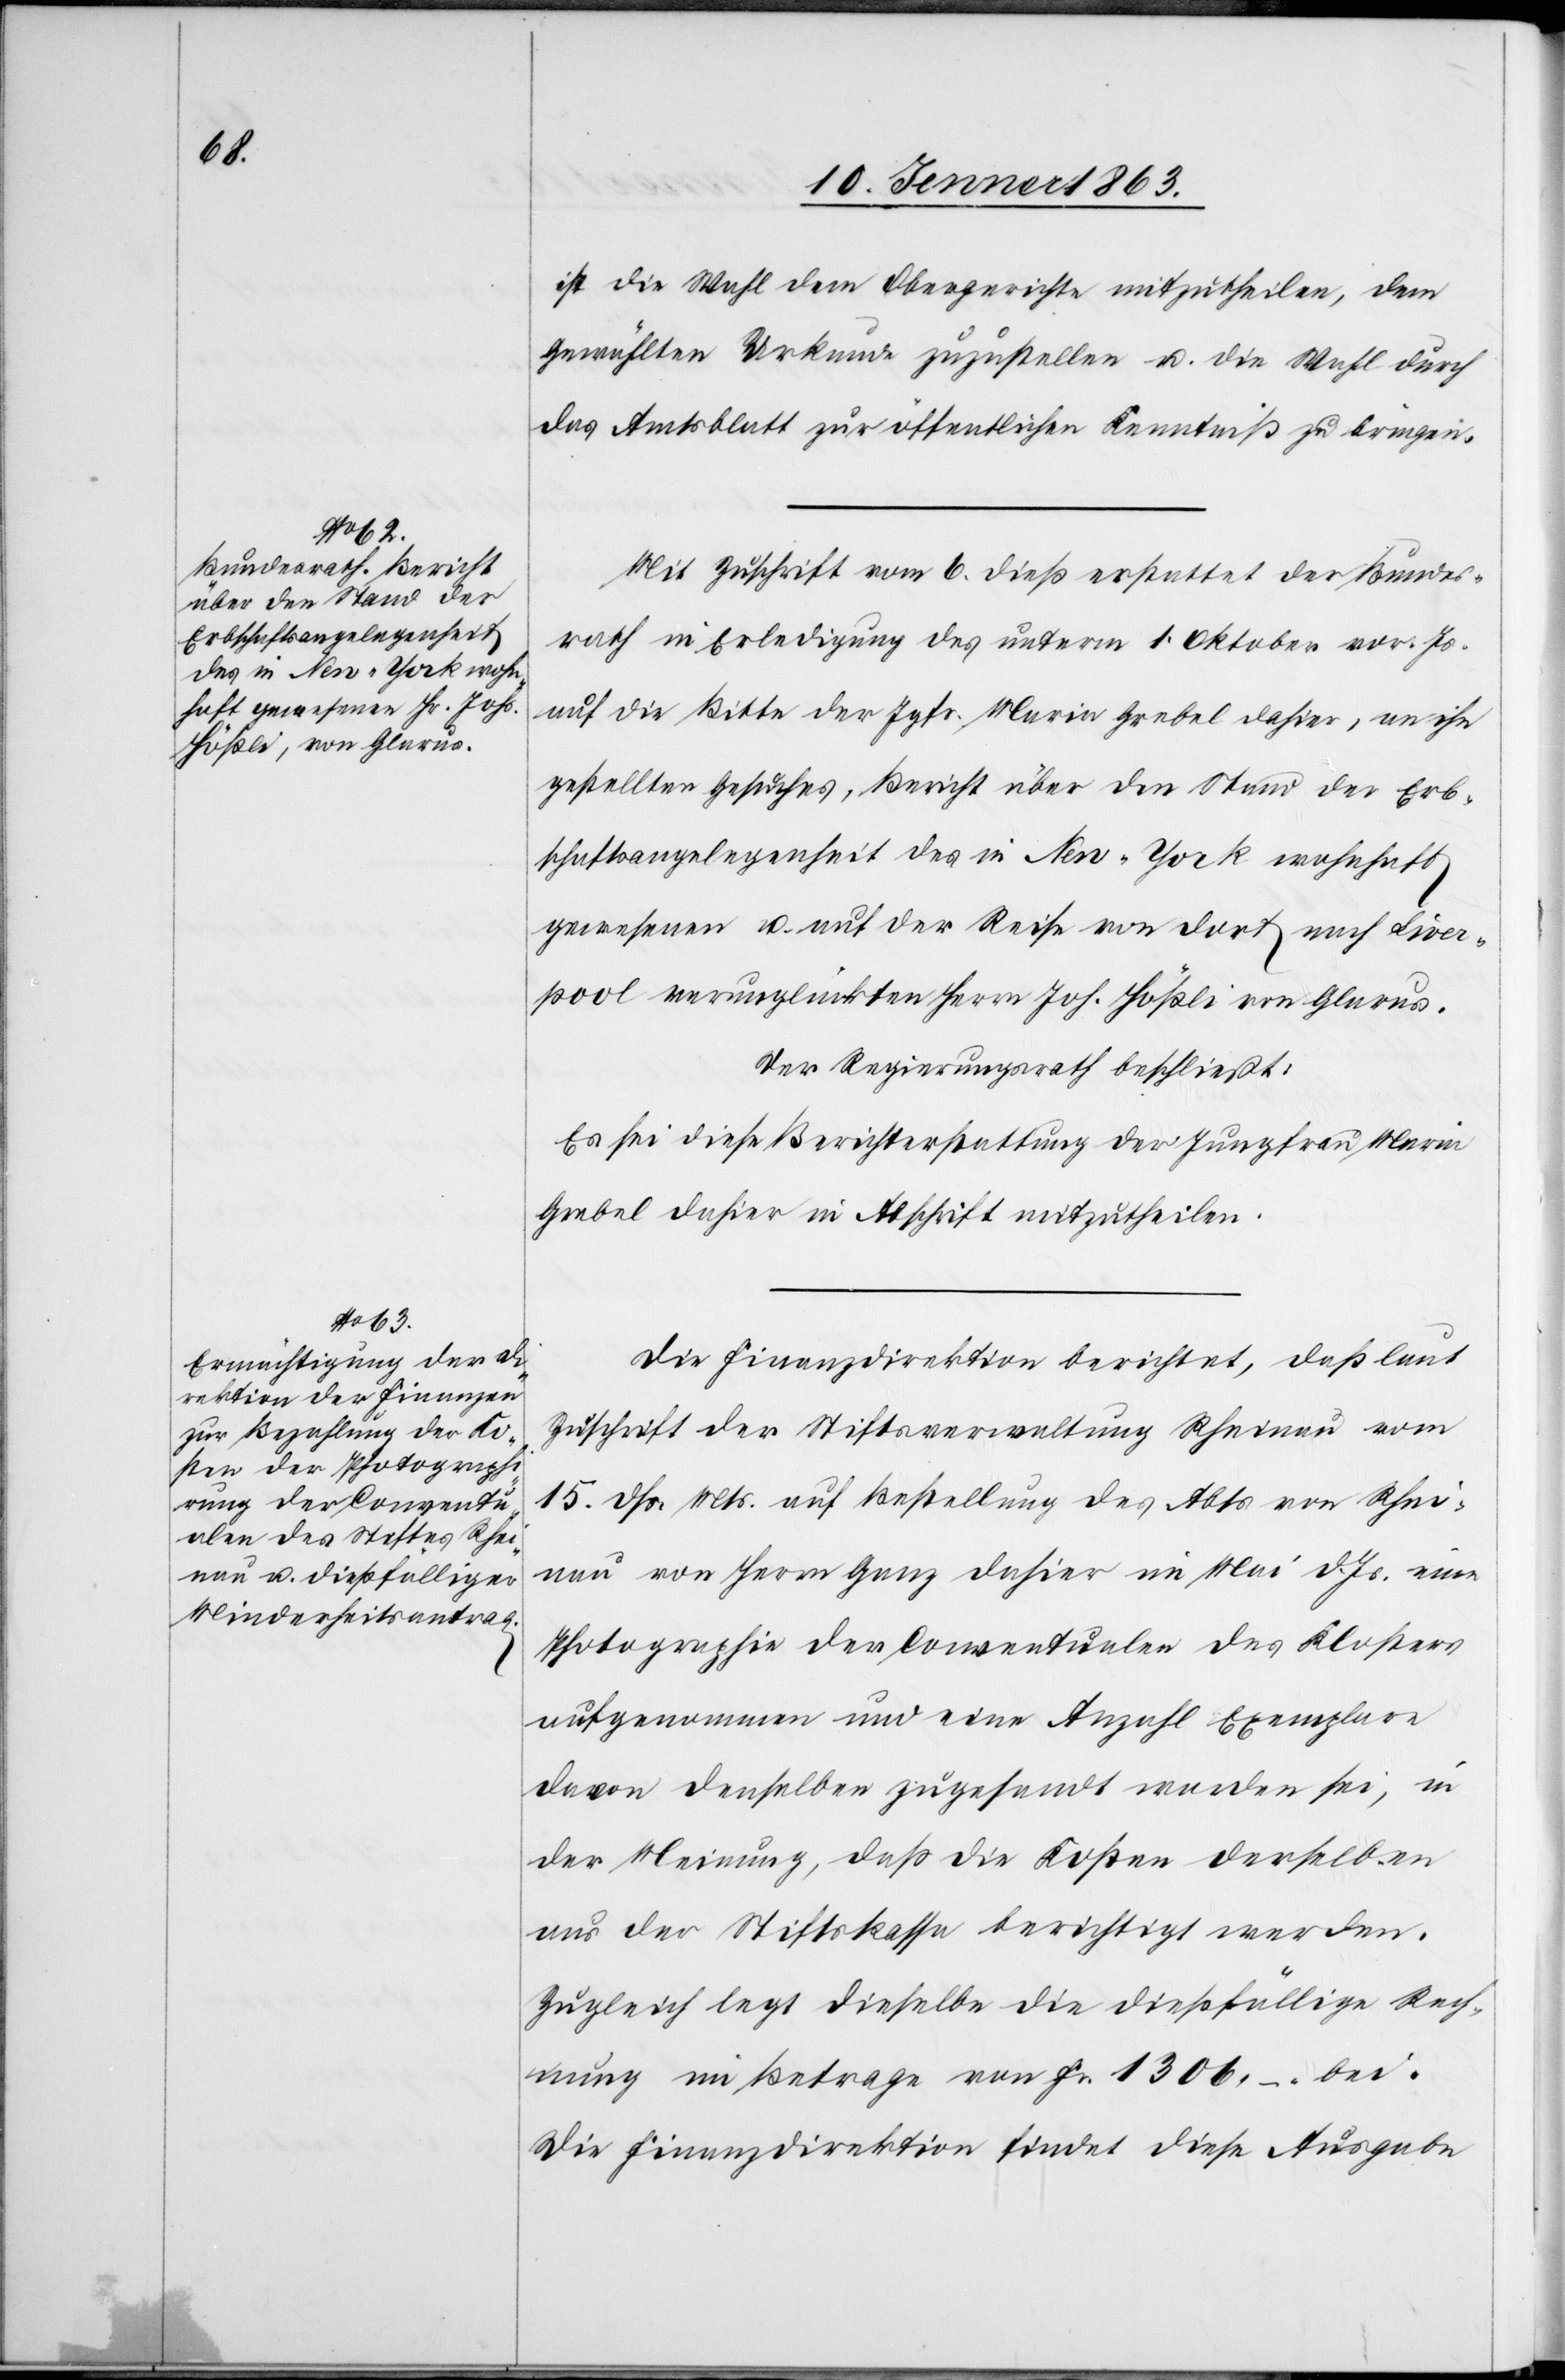
ist die Wahl dem Obergerichte mitzutheilen, dem
Gewählten Urkunde zuzustellen u. die Wahl durch
das Amtsblatt zur öffentlichen Kenntniß zu bringen.
Mit Zuschrift vom 6. dieß erstattet der Bundes¬
rath in Erledigung des unterm 1. Oktober vor. Js.
auf die Bitte der Jgfr. Maria Grebel dahier, an ihn
gestellten Gesuches, Bericht über den Stand der Erb¬
schaftsangelegenheit des in New-York wohnhaft
gewesenen u. auf der Reise von dort nach Liver¬
pool verunglückten Herrn Joh. Hößli von Glarus.
Der Regierungsrath beschließt:
Es sei diese Berichterstattung der Jungfrau Maria
Grebel dahier in Abschrift mitzutheilen.
Die Finanzdirektion berichtet, daß laut
Zuschrift der Stiftsverwaltung Rheinau vom
15. dß. Mts. auf Bestellung des Abts von Rhei¬
nau von Herrn Ganz dahier im Mai d. Js. eine
Photographie der Conventualen des Klosters
aufgenommen und eine Anzahl Exemplare
davon denselben zugesandt worden sei, in
der Meinung, daß die Kosten derselben
aus der Stiftskassa berichtigt werden.
Zugleich legt dieselbe die dießfällige Rech¬
nung im Betrage von Fr. 1306. –. bei.
Die Finanzdirektion findet diese Ausgabe